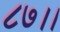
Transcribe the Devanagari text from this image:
८७।।